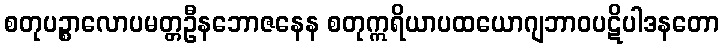
စတုပဉ္စာလောပမတ္တဦနဘောဇနေန စတုဣရိယာပထယောဂျဘာဝပဋိပါဒနတော